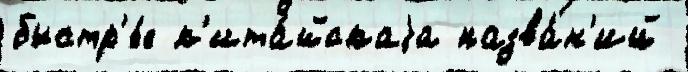
быстр'е́е к'ита́йскаjа назва́н'ий